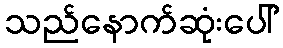
သည်နောက်ဆုံးပေါ်